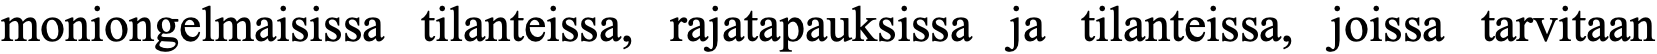
moniongelmaisissa tilanteissa, rajatapauksissa ja tilanteissa, joissa tarvitaan